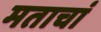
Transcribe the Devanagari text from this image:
मताचां